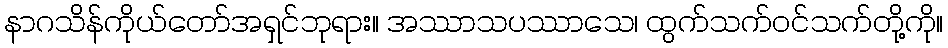
နာဂသိန်ကိုယ်တော်အရှင်ဘုရား။ အဿာသပဿာသေ၊ ထွက်သက်ဝင်သက်တို့ကို။